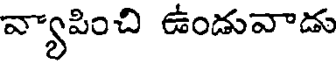
వ్యాపించి ఉండువాడు